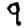
Digit: 9